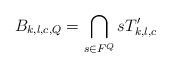
LaTeX: \begin{align*}B_{k,l,c,Q} = \bigcap_{s\in F^Q} sT_{k,l,c}'\end{align*}